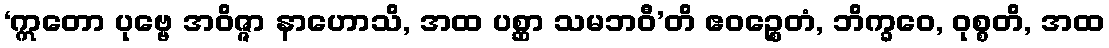
‘ဣတော ပုဗ္ဗေ အဝိဇ္ဇာ နာဟောသိ, အထ ပစ္ဆာ သမဘဝီ’တိ ဧဝဉ္စေတံ, ဘိက္ခဝေ, ဝုစ္စတိ, အထ